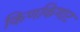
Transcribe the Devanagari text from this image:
किणकिणाट